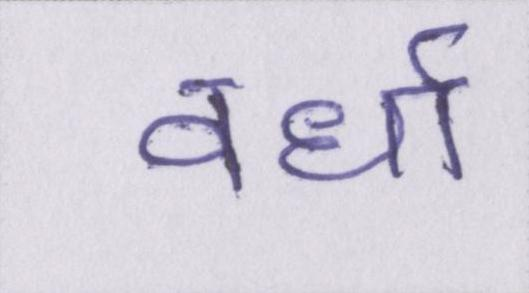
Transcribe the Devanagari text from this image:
वर्धा